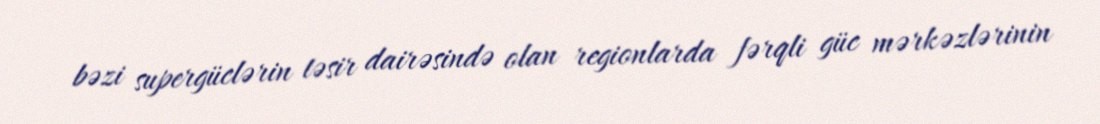
bəzi supergüclərin təsir dairəsində olan regionlarda fərqli güc mərkəzlərinin